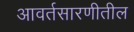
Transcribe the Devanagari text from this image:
आवर्तसारणीतील